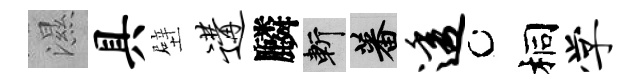
濕具壁遘麟斬蕃透桐学